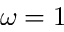
\omega = 1